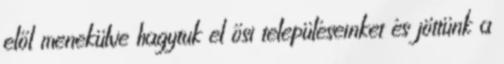
elől menekülve hagytuk el ősi településeinket és jöttünk a